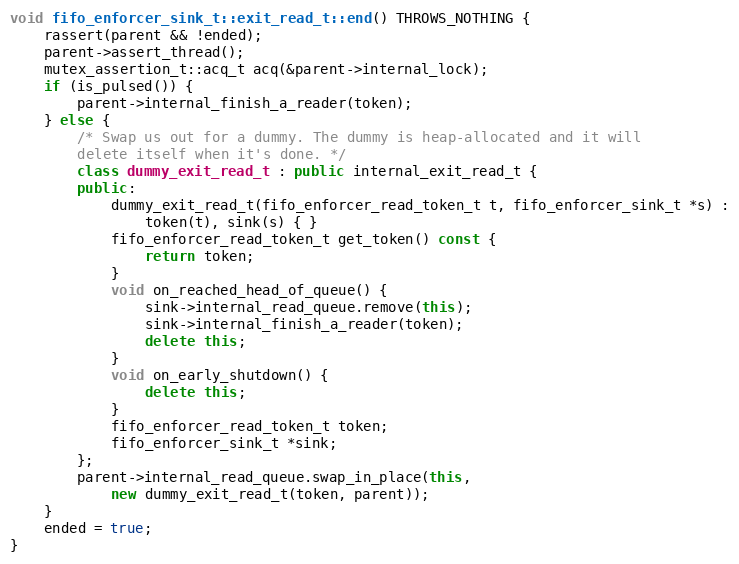
Language: C++
void fifo_enforcer_sink_t::exit_read_t::end() THROWS_NOTHING {
    rassert(parent && !ended);
    parent->assert_thread();
    mutex_assertion_t::acq_t acq(&parent->internal_lock);
    if (is_pulsed()) {
        parent->internal_finish_a_reader(token);
    } else {
        /* Swap us out for a dummy. The dummy is heap-allocated and it will
        delete itself when it's done. */
        class dummy_exit_read_t : public internal_exit_read_t {
        public:
            dummy_exit_read_t(fifo_enforcer_read_token_t t, fifo_enforcer_sink_t *s) :
                token(t), sink(s) { }
            fifo_enforcer_read_token_t get_token() const {
                return token;
            }
            void on_reached_head_of_queue() {
                sink->internal_read_queue.remove(this);
                sink->internal_finish_a_reader(token);
                delete this;
            }
            void on_early_shutdown() {
                delete this;
            }
            fifo_enforcer_read_token_t token;
            fifo_enforcer_sink_t *sink;
        };
        parent->internal_read_queue.swap_in_place(this,
            new dummy_exit_read_t(token, parent));
    }
    ended = true;
}